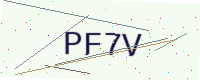
Text: PF7V